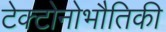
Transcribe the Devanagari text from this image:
टेक्टोनोभौतिकी